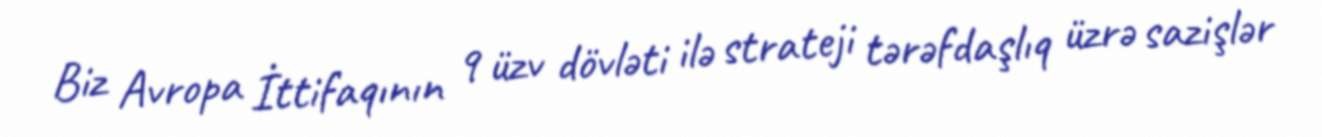
Biz Avropa İttifaqının 9 üzv dövləti ilə strateji tərəfdaşlıq üzrə sazişlər